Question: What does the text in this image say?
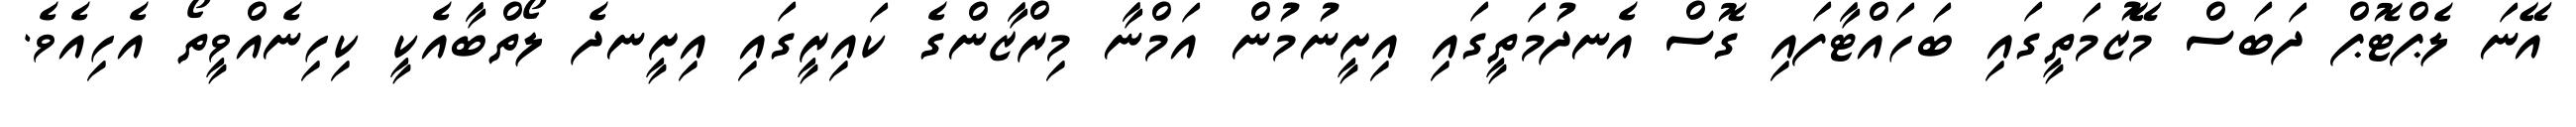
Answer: އޭނަ ލެޕްޓޮޕް ދަބަސް މޭޒުމަތީގައި ބަހައްޓާފައި ގޮސް އެނދުމަތީގައި އިށީނުމުން އަމްނާ މިރްޒާންގެ ކައިރީގައި އިށީނދެ ލޯތްބާއެކީ ކިހިނެއްވީތޯ އެހިއެވެ.